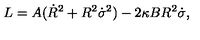
L = A ( \dot { R } ^ { 2 } + R ^ { 2 } \dot { \sigma } ^ { 2 } ) - 2 \kappa B R ^ { 2 } \dot { \sigma } ,